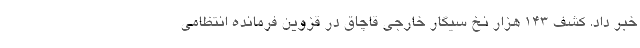
خبر داد. کشف ۱۴۳ هزار نخ سیگار خارجی قاچاق در قزوین فرمانده انتظامی